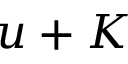
u + K